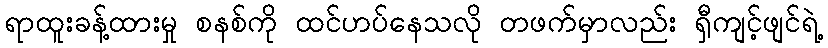
ရာထူးခန့်ထားမှု စနစ်ကို ထင်ဟပ်နေသလို တဖက်မှာလည်း ရှီကျင့်ဖျင်ရဲ့